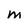
Character: m